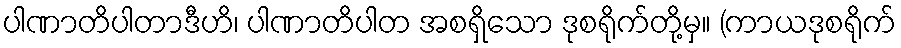
ပါဏာတိပါတာဒီဟိ၊ ပါဏာတိပါတ အစရှိသော ဒုစရိုက်တို့မှ။ (ကာယဒုစရိုက်